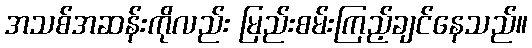
အသစ်အဆန်းကိုလည်း မြည်းစမ်းကြည့်ချင်နေသည်။